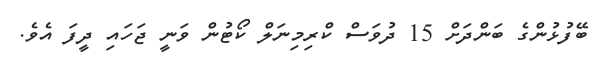
ބޭފުޅުންގެ ބަންދަށް 15 ދުވަސް ކްރިމިނަލް ކޯޓުން ވަނީ ޖަހައި ދީފަ އެވެ.